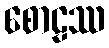
စောဠဿ